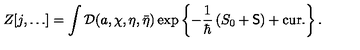
Z [ j , \ldots ] = \int { \cal D } ( a , \chi , \eta , \bar { \eta } ) \exp \left\{ - \frac { 1 } { \hbar } \left( S _ { 0 } + { \sf S } \right) + \mathrm { c u r . } \right\} .